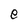
Character: e